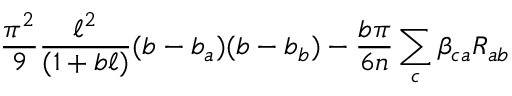
{ \frac { \pi ^ { 2 } } { 9 } } { \frac { \ell ^ { 2 } } { ( 1 + b \ell ) } } ( b - b _ { a } ) ( b - b _ { b } ) - { \frac { b \pi } { 6 n } } \sum _ { c } \beta _ { c a } R _ { a b }